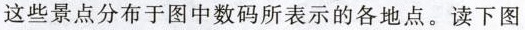
这些景点分布于图中数码所表示的各地点。读下图